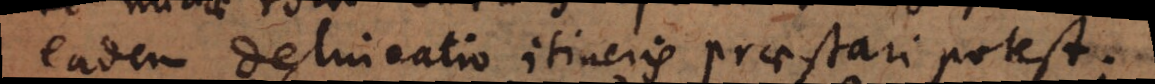
eadem delineatio itineris praestari potest.